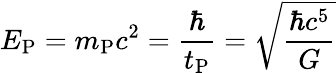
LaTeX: E_{\mathrm{P}}=m_{\mathrm{P}}c^{2}={\frac{\hbar}{t_{\mathrm{P}}}}={\sqrt{\frac{\hbar c^{5}}{G}}}